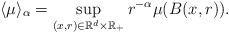
LaTeX: \begin{align*} \langle\mu \rangle_\alpha = \sup_{(x,r)\in \mathbb R^d\times \mathbb R_+} {r^{-\alpha}} \mu(B(x,r)).\end{align*}